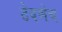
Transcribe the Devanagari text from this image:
ठेवणेच